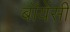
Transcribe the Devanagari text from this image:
बॉयेंसी